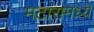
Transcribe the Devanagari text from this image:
मटारामध्ये